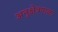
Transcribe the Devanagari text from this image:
अनुक्षेत्रपाळा